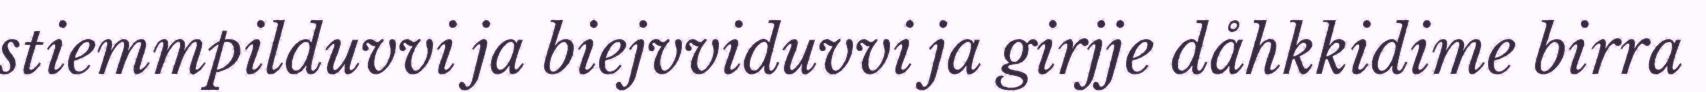
stiemmpilduvvi ja biejvviduvvi ja girjje dåhkkidime birra